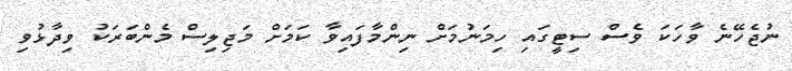
ނުޖެހޭނެ ވާހަކަ ވެސް ސިޓީގައި ހިމަނުމަށް ނިންމާފައިވާ ކަމަށް މަޖިލިސް މެންބަރަކު ވިދާޅުވި